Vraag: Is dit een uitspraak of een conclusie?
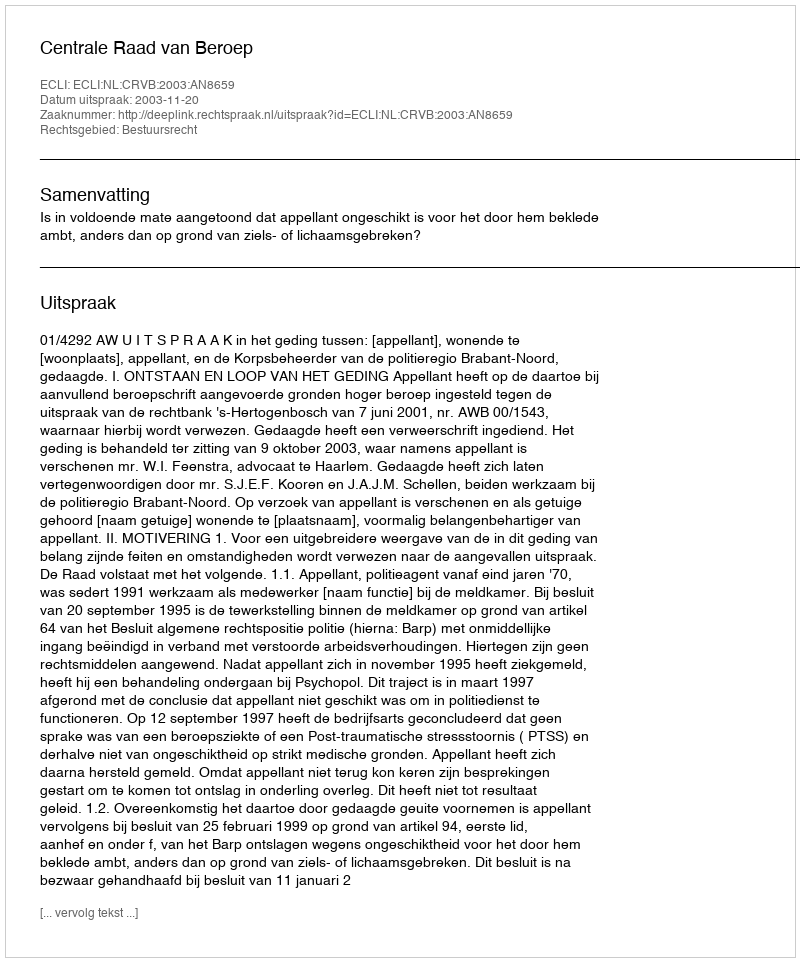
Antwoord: Uitspraak